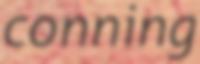
conning